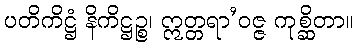
ပတိကိဋ္ဌံ နိကိဋ္ဌဉ္စ၊ ဣတ္တရာ’ဝဇ္ဇ ကုစ္ဆိတာ။